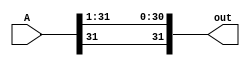
module ars1bit(A, out);

input [31:0] A;
output [31:0] out; 

assign out[30:0] = A[31:1];
assign out[31] = A[31]; 


endmodule